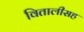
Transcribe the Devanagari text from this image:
वितालीसह